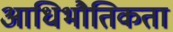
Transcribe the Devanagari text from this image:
आधिभौतिकता